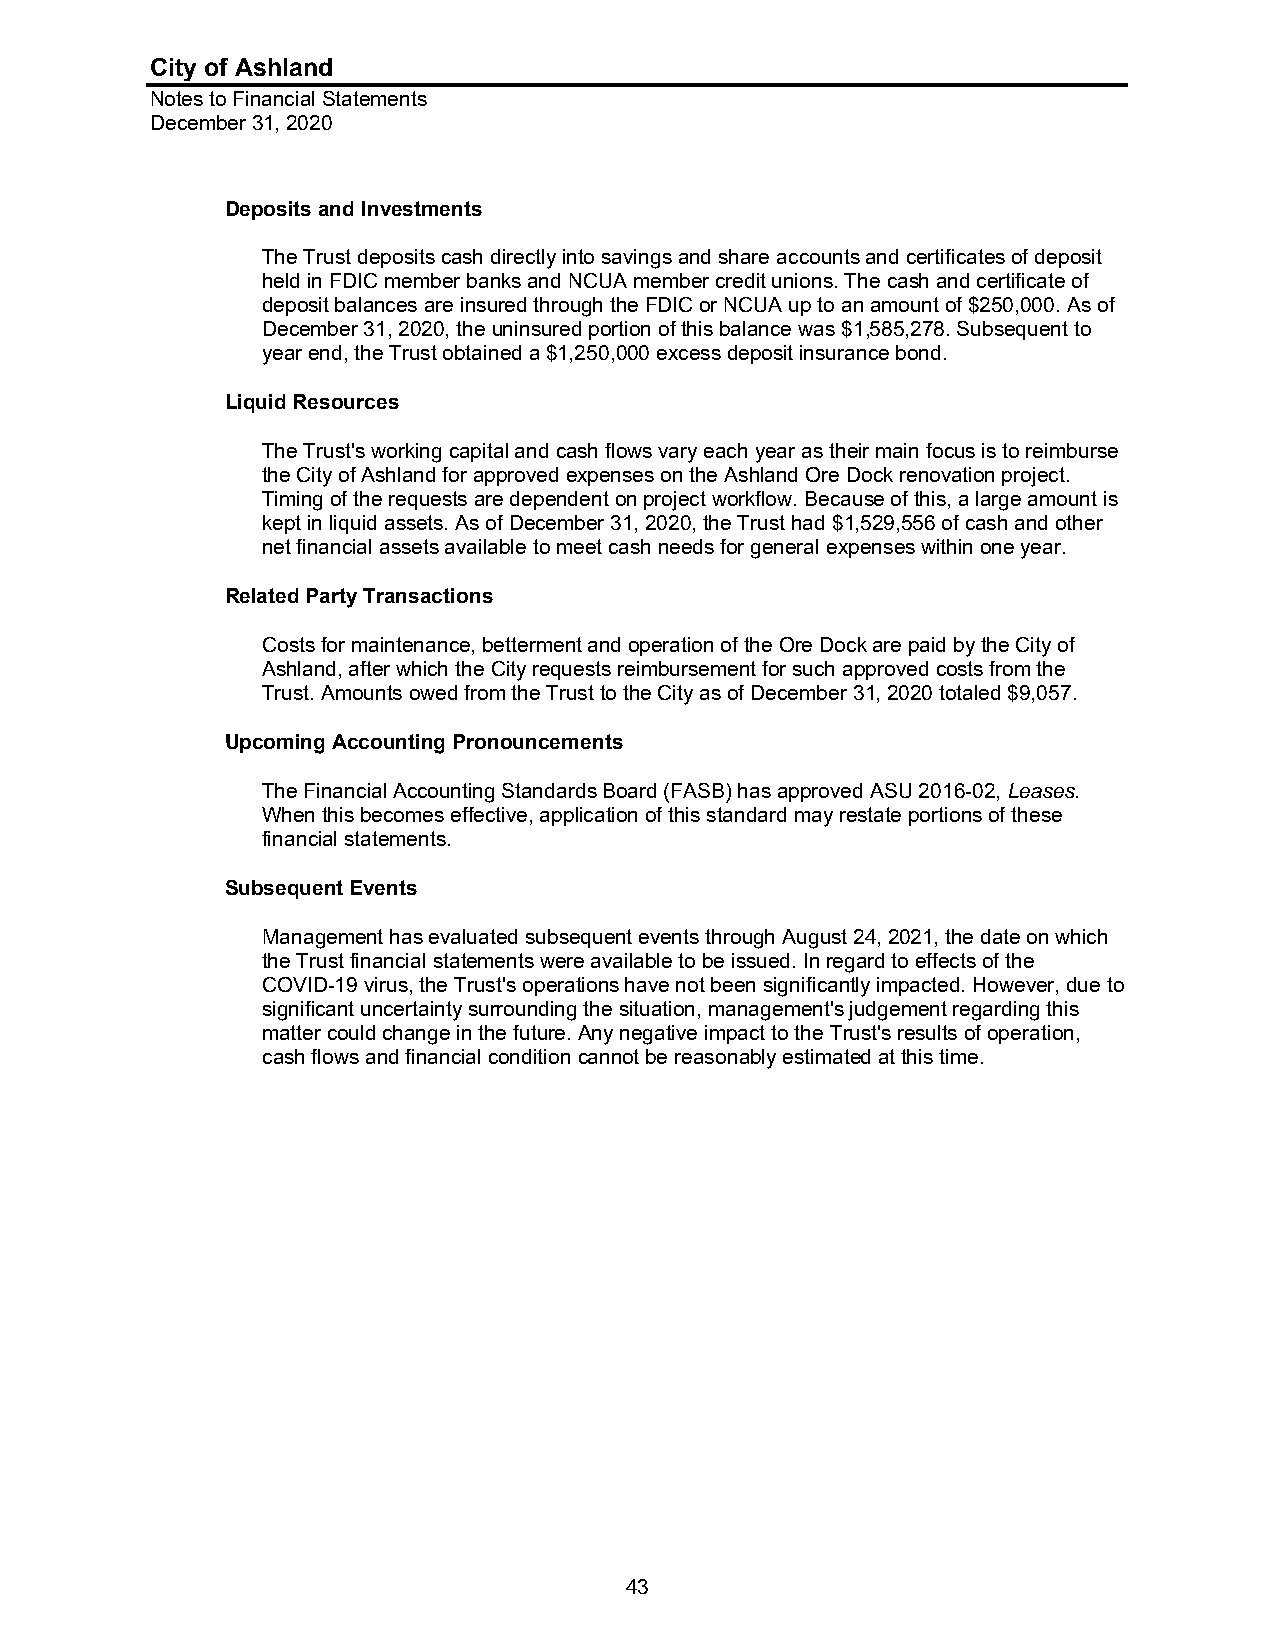
City of Ashland
 Notes to Financial Statements
 December 31, 2020
 Deposits and Investments
 The Trust deposits cash directly into savings and share accounts and certificates of deposit
 held in FDIC member banks and NCUA member credit unions. The cash and certificate of
 deposit balances are insured through the FDIC or NCUA up to an amount of $250,000. As of
 December 31, 2020, the uninsured portion of this balance was $1,585,278. Subsequent to
 year end, the Trust obtained a $1,250,000 excess deposit insurance bond.
 Liquid Resources
 The Trust's working capital and cash flows vary each year as their main focus is to reimburse
 the City of Ashland for approved expenses on the Ashland Ore Dock renovation project.
 Timing of the requests are dependent on project workflow. Because of this, a large amount is
 kept in liquid assets. As of December 31, 2020, the Trust had $1,529,556 of cash and other
 net financial assets available to meet cash needs for general expenses within one year.
 Related Party Transactions
 Costs for maintenance, betterment and operation of the Ore Dock are paid by the City of
 Ashland, after which the City requests reimbursement for such approved costs from the
 Trust. Amounts owed from the Trust to the City as of December 31, 2020 totaled $9,057.
 Upcoming Accounting Pronouncements
 The Financial Accounting Standards Board (FASB) has approved ASU 2016-02, Leases.
 When this becomes effective, application of this standard may restate portions of these
 financial statements.
 Subsequent Events
 Management has evaluated subsequent events through August 24, 2021, the date on which
 the Trust financial statements were available to be issued. In regard to effects of the
 COVID-19 virus, the Trust's operations have not been significantly impacted. However, due to
 significant uncertainty surrounding the situation, management's judgement regarding this
 matter could change in the future. Any negative impact to the Trust's results of operation,
 cash flows and financial condition cannot be reasonably estimated at this time.
 43